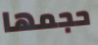
حجمها